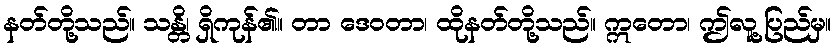
နတ်တို့သည်။ သန္တိ၊ ရှိကုန်၏။ တာ ဒေဝတာ၊ ထိုနတ်တို့သည်။ ဣတော၊ ဤလူ့ပြည်မှ။